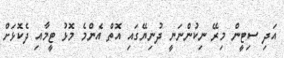
އަދި ސިޓީން މިރޭ ނިކުންނަނީ ދުނިޔޭގައި އޮތް އެންމެ މޮޅު ޓީމާއި ދެކޮޅަށް